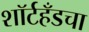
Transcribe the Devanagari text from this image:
शॉर्टहँडचा